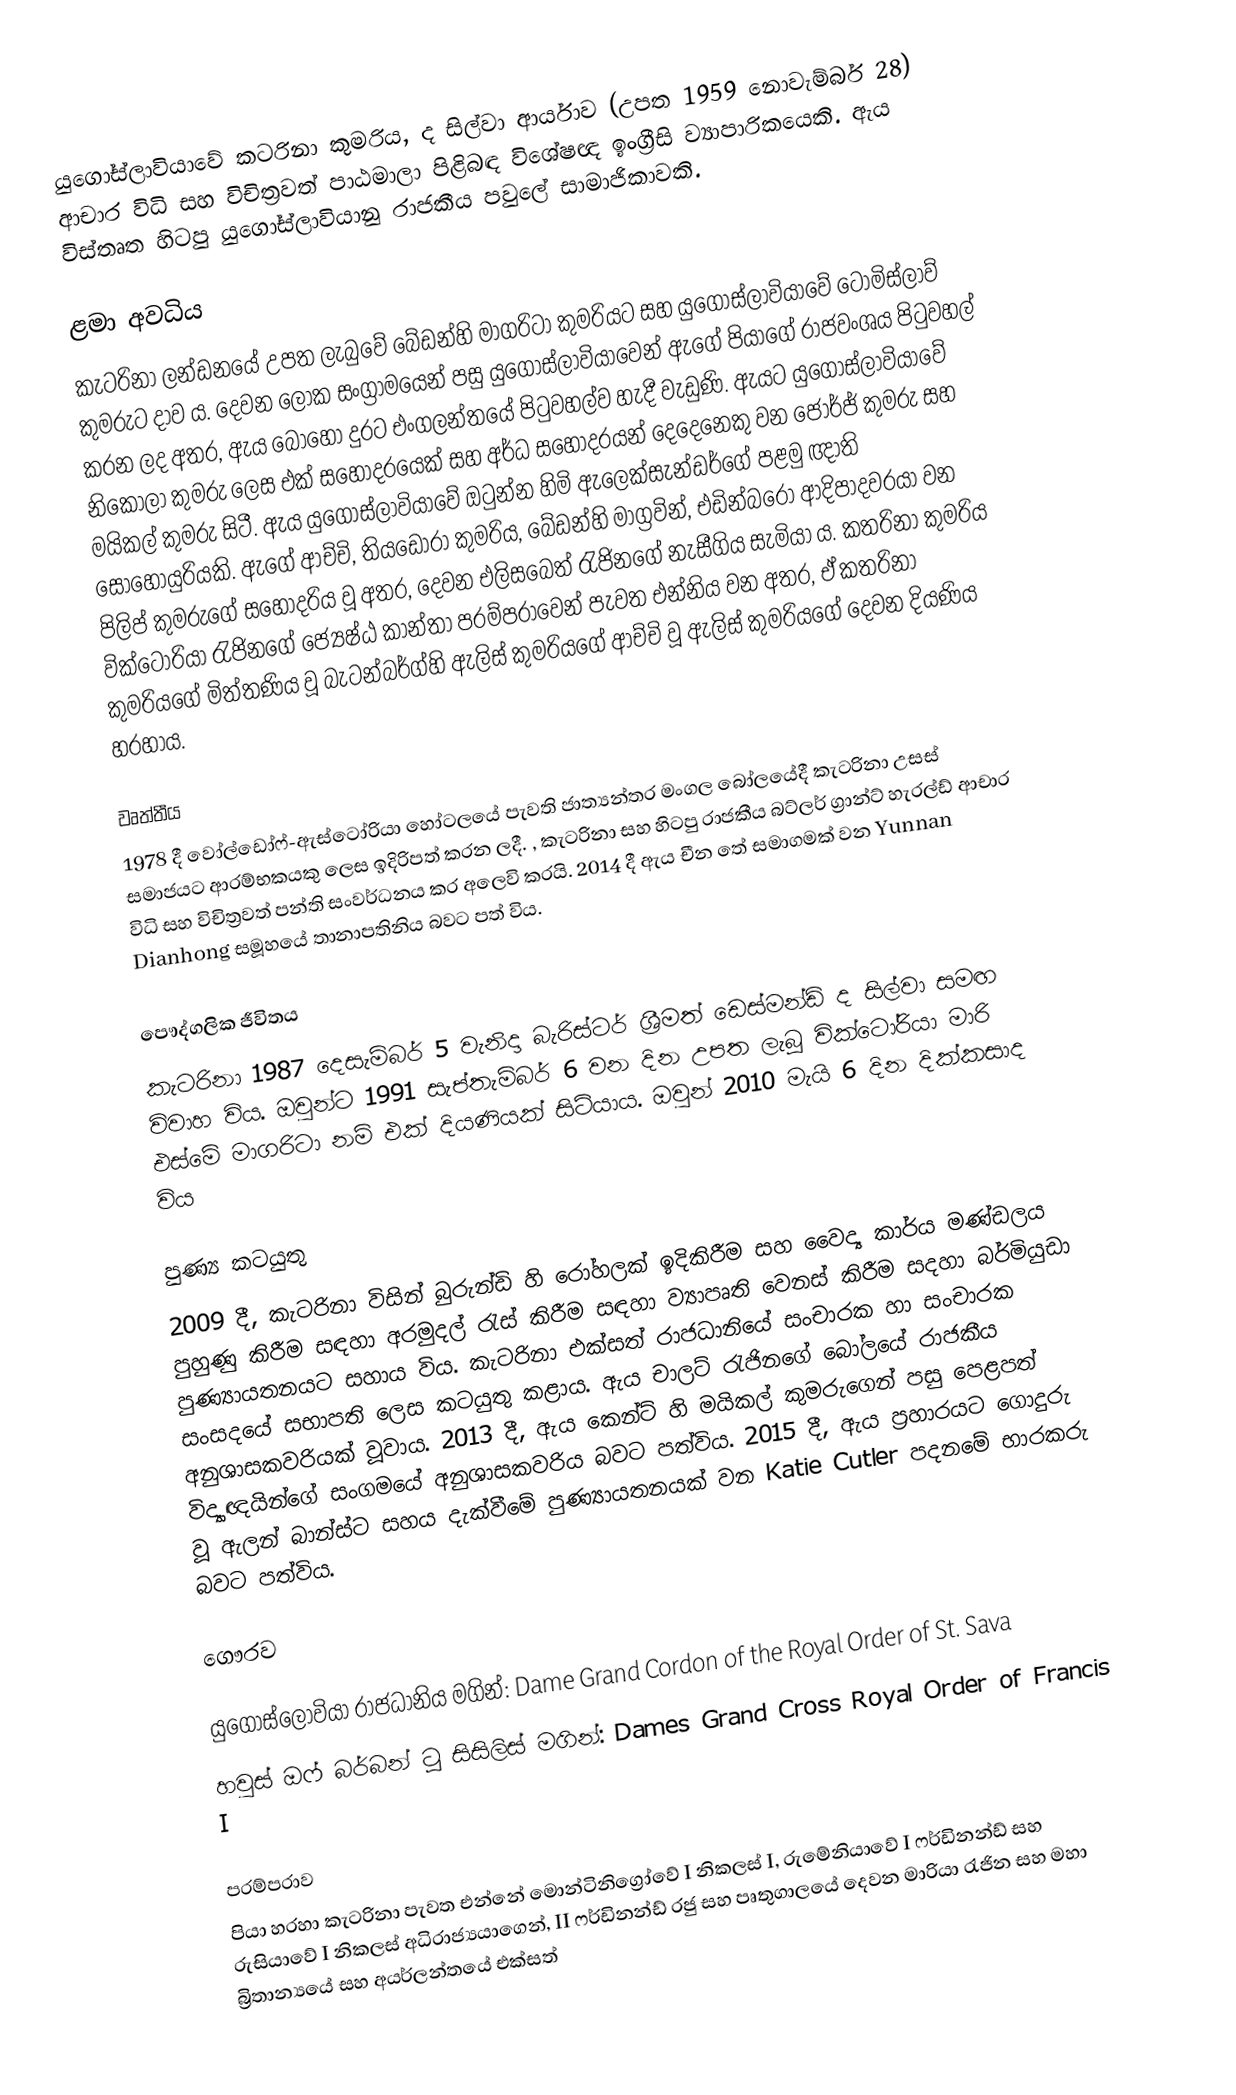
යුගෝස්ලාවියාවේ කටරිනා කුමරිය, ද සිල්වා ආර්යාව (උපත 1959 නොවැම්බර් 28) ආචාර විධි සහ විචිත්‍රවත් පාඨමාලා පිළිබඳ විශේෂඥ ඉංග්‍රීසි ව්‍යාපාරිකයෙකි. ඇය විස්තෘත හිටපු යුගෝස්ලාවියානු රාජකීය පවුලේ සාමාජිකාවකි.

ළමා අවධිය
කැටරිනා ලන්ඩනයේ උපත ලැබුවේ බේඩන්හි මාගරිටා කුමරියට සහ යුගෝස්ලාවියාවේ ටොමිස්ලාව් කුමරුට දාව ය. දෙවන ලෝක සංග්‍රාමයෙන් පසු යුගෝස්ලාවියාවෙන් ඇගේ පියාගේ රාජවංශය පිටුවහල් කරන ලද අතර, ඇය බොහෝ දුරට එංගලන්තයේ පිටුවහල්ව හැදී වැඩුණි. ඇයට යුගෝස්ලාවියාවේ නිකොලා කුමරු ලෙස එක් සහෝදරයෙක් සහ අර්ධ සහෝදරයන් දෙදෙනෙකු වන ජෝර්ජ් කුමරු සහ මයිකල් කුමරු සිටී. ඇය යුගෝස්ලාවියාවේ ඔටුන්න හිමි ඇලෙක්සැන්ඩර්ගේ පළමු ඥාති සොහොයුරියකි. ඇගේ ආච්චි, තියඩෝරා කුමරිය, බේඩන්හි මාග්‍රවින්, එඩින්බරෝ ආදිපාදවරයා වන පිලිප් කුමරුගේ සහෝදරිය වූ අතර, දෙවන එලිසබෙත් රැජිනගේ නැසීගිය සැමියා ය. කතරිනා කුමරිය වික්ටෝරියා රැජිනගේ ජ්‍යෙෂ්ඨ කාන්තා පරම්පරාවෙන් පැවත එන්නිය වන අතර, ඒ  කතරිනා කුමරියගේ මිත්තණිය වූ බැටන්බර්ග්හි ඇලිස් කුමරියගේ ආච්චි වූ ඇලිස් කුමරියගේ දෙවන දියණිය හරහාය.

වෘත්තීය
1978 දී වෝල්ඩෝෆ්-ඇස්ටෝරියා හෝටලයේ පැවති ජාත්‍යන්තර මංගල බෝලයේදී කැටරිනා උසස් සමාජයට ආරම්භකයකු ලෙස ඉදිරිපත් කරන ලදී. , කැටරිනා සහ හිටපු රාජකීය බට්ලර් ග්‍රාන්ට් හැරල්ඩ් ආචාර විධි සහ විචිත්‍රවත් පන්ති සංවර්ධනය කර අලෙවි කරයි. 2014 දී ඇය චීන තේ සමාගමක් වන Yunnan Dianhong සමූහයේ තානාපතිනිය බවට පත් විය.

පෞද්ගලික ජීවිතය
කැටරිනා 1987 දෙසැම්බර් 5 වැනිදා බැරිස්ටර් ශ්‍රීමත් ඩෙස්මන්ඩ් ද සිල්වා සමඟ විවාහ විය. ඔවුන්ට 1991 සැප්තැම්බර් 6 වන දින උපත ලැබූ වික්ටෝරියා මාරි එස්මේ මාගරිටා නම් එක් දියණියක් සිටියාය. ඔවුන් 2010 මැයි 6 දින දික්කසාද විය

පුණ්‍ය කටයුතු
2009 දී, කැටරිනා විසින් බුරුන්ඩි හි රෝහලක් ඉදිකිරීම සහ වෛද්‍ය කාර්ය මණ්ඩලය පුහුණු කිරීම සඳහා අරමුදල් රැස් කිරීම සඳහා ව්‍යාපෘති වෙනස් කිරීම සදහා බර්මියුඩා පුණ්‍යායතනයට සහාය විය. කැටරිනා එක්සත් රාජධානියේ සංචාරක හා සංචාරක සංසදයේ සභාපති ලෙස කටයුතු කළාය. ඇය චාලට් රැජිනගේ බෝලයේ රාජකීය අනුශාසකවරියක් වූවාය. 2013 දී, ඇය කෙන්ට් හි මයිකල් කුමරුගෙන් පසු පෙළපත් විද්‍යාඥයින්ගේ සංගමයේ අනුශාසකවරිය බවට පත්විය. 2015 දී, ඇය ප්‍රහාරයට ගොදුරු වූ ඇලන් බාන්ස්ට සහය දැක්වීමේ පුණ්‍යායතනයක් වන Katie Cutler පදනමේ භාරකරු බවට පත්විය.

ගෞරව

 යුගෝස්ලෝවියා රාජධානිය මගින්: Dame Grand Cordon of the Royal Order of St. Sava
 හවුස් ඔෆ් බර්බන් ටූ සිසිලිස් මගින්: Dames Grand Cross Royal Order of Francis I

පරම්පරාව
පියා හරහා කැටරිනා පැවත එන්නේ මොන්ටිනිග්‍රෝවේ I නිකලස් I, රුමේනියාවේ I ෆර්ඩිනන්ඩ් සහ රුසියාවේ I නිකලස් අධිරාජ්‍යයාගෙන්, II ෆර්ඩිනන්ඩ් රජු සහ පෘතුගාලයේ දෙවන මාරියා රැජින සහ මහා බ්‍රිතාන්‍යයේ සහ අයර්ලන්තයේ එක්සත්